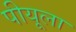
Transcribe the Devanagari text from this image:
पीयूला